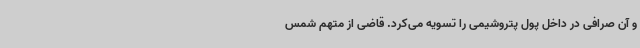
و آن صرافی در داخل پول پتروشیمی را تسویه می‌کرد. قاضی از متهم شمس